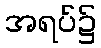
အရပ်၌